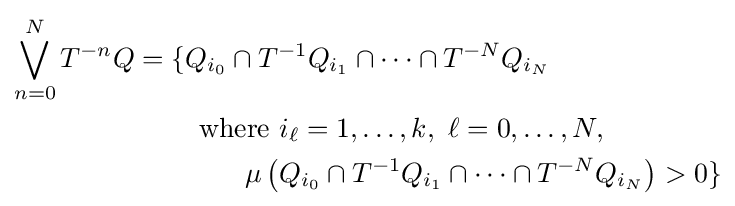
{\begin{aligned}\bigvee _{n=0}^{N}T^{-n}Q&=\{Q_{i_{0}}\cap T^{-1}Q_{i_{1}}\cap \cdots \cap T^{-N}Q_{i_{N}}\\&{}\qquad {\mbox{ where }}i_{\ell }=1,\ldots ,k,\ \ell =0,\ldots ,N,\ \\&{}\qquad \qquad \mu \left(Q_{i_{0}}\cap T^{-1}Q_{i_{1}}\cap \cdots \cap T^{-N}Q_{i_{N}}\right)>0\}\\\end{aligned}}